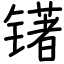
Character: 䦃